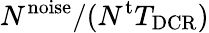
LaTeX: {N^{\mathrm{noise}}}/({N^{\mathrm{t}}T_{\mathrm{DCR}}})